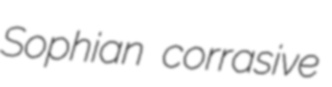
Sophian corrasive